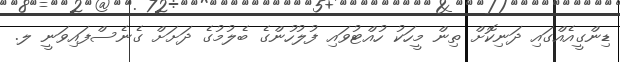
ޑިންގީއެއްގައި ދަނިކޮށް ތިން މީހަކު ހުއްޓުވައި ފުލުހުންގެ ބެލުމުގެ ދަށަށް ގެނެސްފައިވަނީ ލ.